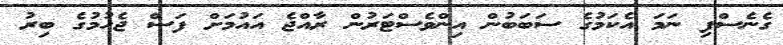
ގެނެސްފި ނަމަ އެކަމުގެ ސަބަބުން އިންވެސްޓަރުން ރާއްޖެ އައުމަށް ފަސް ޖެހުމުގެ ބިރު